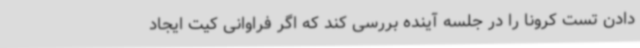
دادن تست کرونا را در جلسه آینده بررسی کند که اگر فراوانی کیت ایجاد